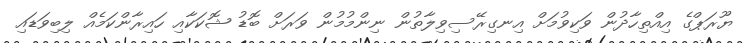
ޔޫރަޕްގެ އިއްތިހާދުން ވަކިވުމަށް އިނގިރޭސިވިލާތުން ނިންމުމުން ވަރަށް ބޮޑު ޝޮކަކާއި ހައިރާންކަމެއް ލިބިވަޑައި